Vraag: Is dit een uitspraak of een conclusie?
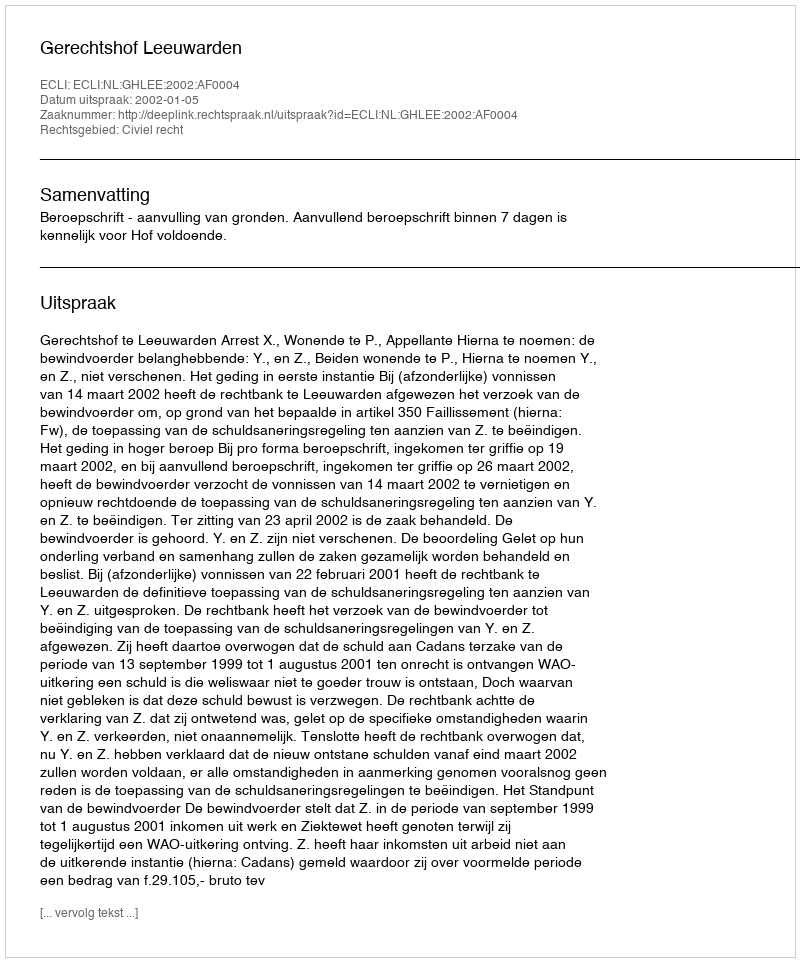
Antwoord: Uitspraak